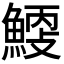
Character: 𩹐